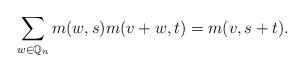
LaTeX: \begin{align*}\sum_{w\in \mathbb{Q}_n} m(w, s)m(v+w, t) = m(v, s+t).\end{align*}